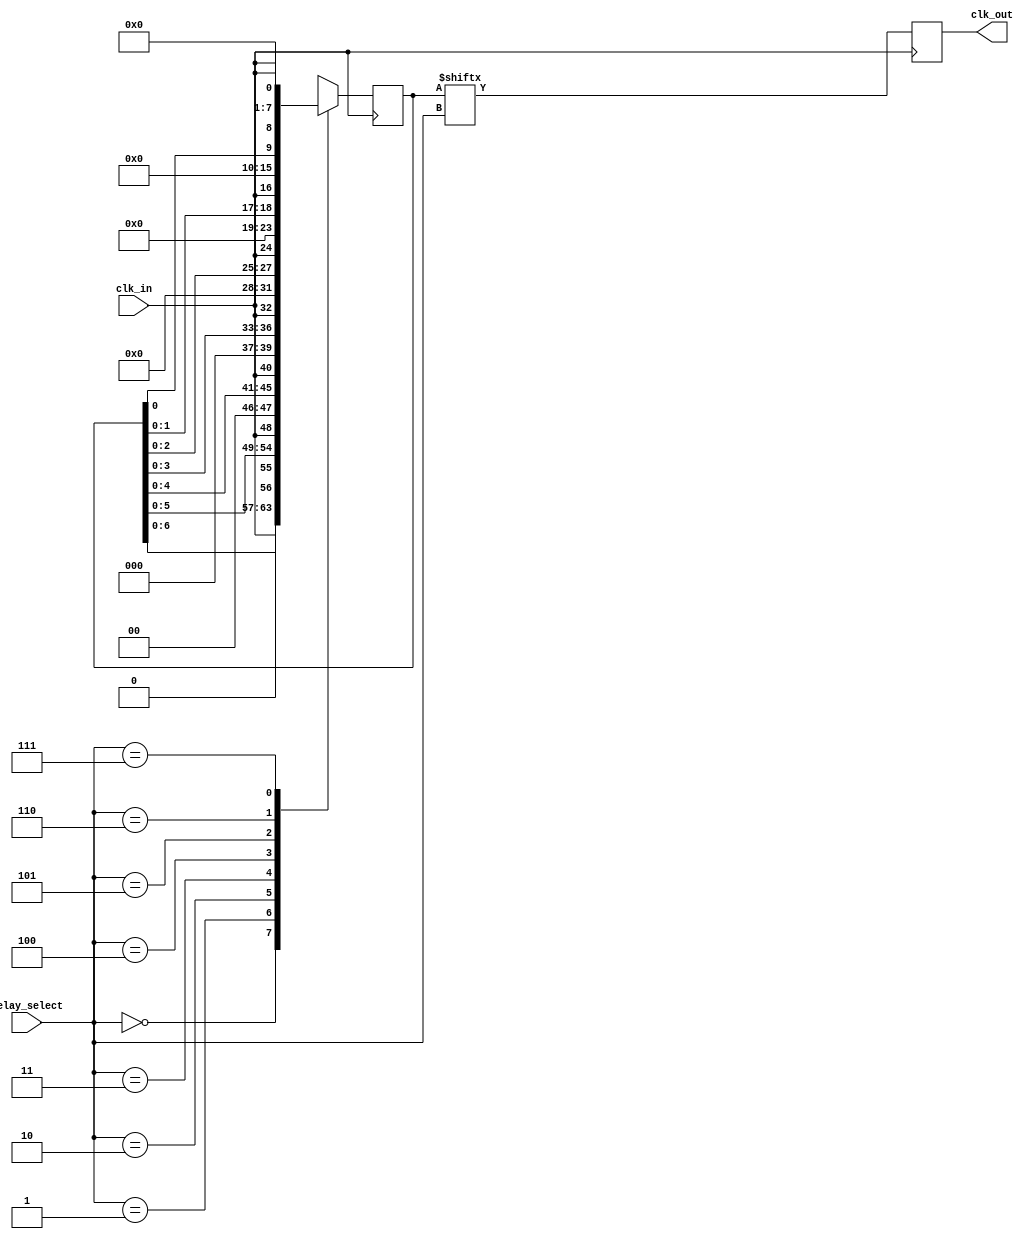
module DelayClockBuffer (
    input wire clk_in,                // Input clock signal
    input wire [2:0] delay_select,    // Delay selection (3-bit for 8 delay stages)
    output reg clk_out                 // Output delayed clock signal
);

    // Parameters for delay stages (these can be adjusted as necessary)
    parameter DELAY_STAGE_0 = 1; // No delay
    parameter DELAY_STAGE_1 = 2; // 1 clock cycle delay
    parameter DELAY_STAGE_2 = 3; // 2 clock cycles delay
    parameter DELAY_STAGE_3 = 4; // 3 clock cycles delay
    parameter DELAY_STAGE_4 = 5; // 4 clock cycles delay
    parameter DELAY_STAGE_5 = 6; // 5 clock cycles delay
    parameter DELAY_STAGE_6 = 7; // 6 clock cycles delay
    parameter DELAY_STAGE_7 = 8; // 7 clock cycles delay

    // Internal signal to hold delayed clock
    reg [7:0] delay_buffer; // 8 stages of delay buffer

    // Clock generation process
    always @(posedge clk_in) begin
        // Shift the delay buffer based on the delay select
        case (delay_select)
            3'b000: delay_buffer <= {delay_buffer[6:0], clk_in}; // No delay
            3'b001: delay_buffer <= {delay_buffer[5:0], clk_in}; // 1 clock cycle delay
            3'b010: delay_buffer <= {delay_buffer[4:0], clk_in}; // 2 clock cycles delay
            3'b011: delay_buffer <= {delay_buffer[3:0], clk_in}; // 3 clock cycles delay
            3'b100: delay_buffer <= {delay_buffer[2:0], clk_in}; // 4 clock cycles delay
            3'b101: delay_buffer <= {delay_buffer[1:0], clk_in}; // 5 clock cycles delay
            3'b110: delay_buffer <= {delay_buffer[0], clk_in};     // 6 clock cycles delay
            3'b111: delay_buffer <= {1'b0, clk_in};                // 7 clock cycles delay
            default: delay_buffer <= {8{1'b0}};                    // Default case
        endcase
    end

    // Assign delayed clock output
    always @(posedge clk_in) begin
        clk_out <= delay_buffer[delay_select];
    end

endmodule